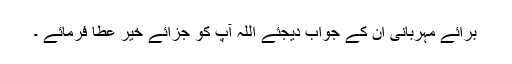
برائے مہربانی ان کے جواب دیجئے اللہ آپ کو جزائے خیر عطا فرمائے ۔